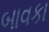
બાવકા